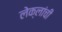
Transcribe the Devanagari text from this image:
लेक्लांची